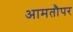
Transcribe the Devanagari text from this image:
आमतौपर